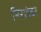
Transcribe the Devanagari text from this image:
निराडंबर